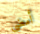
أمضي